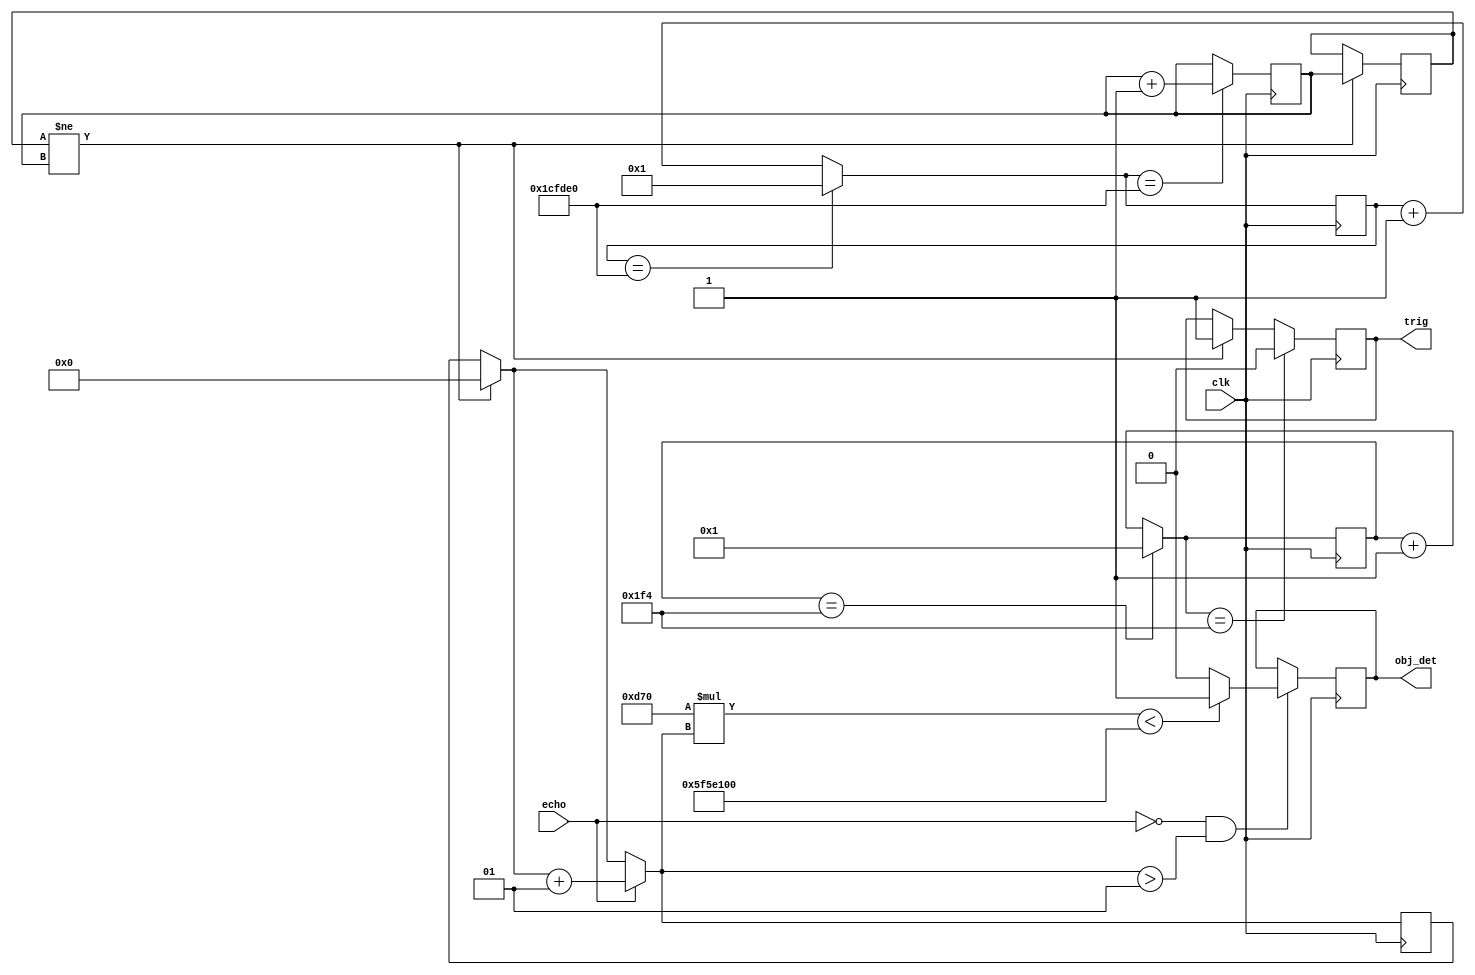
// echo - Pin 40 (B 12); Trigger - Pin 39 (D 12)
module UltraSensor_Test(
    input clk,
    input echo,
    output trig,
    output obj_det
    );
    reg [8:0] ten_us_count = 0 ;  //100 counts = 100 * 20 ns = 10 us
    reg [20:0] cycle_count = 0 ;     //1900000 counts (38 ms)
    reg [10:0] cycle_no = 1 ;
    reg [10:0] temp = 0;
    reg trigger = 0 ;
    reg object_det = 0 ;
    integer dist_counter = 0 ;
    integer distance ;
    localparam Threshold = 100000000 ; //10 cm
    assign trig = trigger ;
    assign obj_det = object_det ;
    always@ (posedge clk)
    begin
      if (temp != cycle_no)
         begin
         trigger = 1 ;  
         dist_counter = 0 ;
         temp = cycle_no ;
         end 
      ten_us_count = (ten_us_count == 500)? 1 : ten_us_count + 1 ;
      cycle_count = (cycle_count == 1900000)? 1 : cycle_count + 1 ;
      cycle_no = (cycle_count == 1900000)? cycle_no + 1 : cycle_no ;
      if (ten_us_count == 500)
         trigger = 0 ;
      if(echo == 1)
        dist_counter = dist_counter + 1 ;
      if (echo == 0 && dist_counter > 1)  
       begin
         //distance = 0.0172 * dist_counter * 20 * 0.001; //distance in cm
         distance = 172 * 20 * dist_counter ; //dist_counter * 20ns = time(in ns) | * 0.001 = time(in us)
         //distance in nm
         if (distance < Threshold) //less than 10 cm (100000000 nm)
           object_det = 1 ;
         else
           object_det = 0 ;  
       end
    end
endmodule